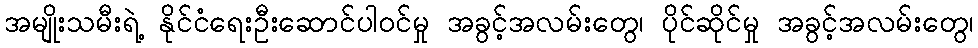
အမျိုးသမီးရဲ့ နိုင်ငံရေးဦးဆောင်ပါဝင်မှု အခွင့်အလမ်းတွေ၊ ပိုင်ဆိုင်မှု အခွင့်အလမ်းတွေ၊